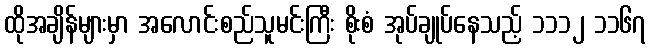
ထိုအချိန်များမှာ အလောင်းစည်သူမင်းကြီး စိုးစံ အုပ်ချုပ်နေသည့် ၁၁၁၂ ၁၁၆၇